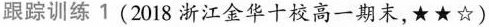
跟踪训练1(2018浙江金华十校高一期末，★★☆)